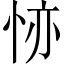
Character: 𢙕